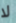
لا